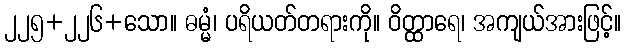
၂၂၅+၂၂၆+သော။ ဓမ္မံ၊ ပရိယတ်တရားကို။ ဝိတ္ထာရေ၊ အကျယ်အားဖြင့်။